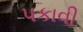
પકાવી